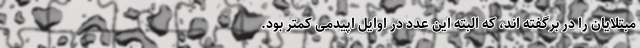
مبتلایان را در برگفته اند، که البته این عدد در اوایل اپیدمی کمتر بود.